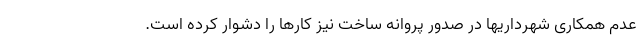
عدم همکاری شهرداریها در صدور پروانه ساخت نیز کارها را دشوار کرده است.